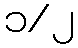
၁/၂